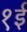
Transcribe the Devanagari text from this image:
१ई